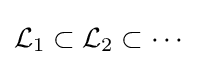
{\mathcal {L}}_{1}\subset {\mathcal {L}}_{2}\subset \cdots